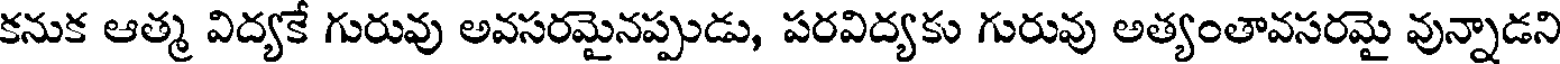
కనుక ఆత్మ విద్యకే గురువు అవసరమైనప్పుడు, పరవిద్యకు గురువు అత్యంతావసరమై వున్నాడని